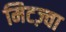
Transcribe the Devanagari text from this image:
मिटज़्वा